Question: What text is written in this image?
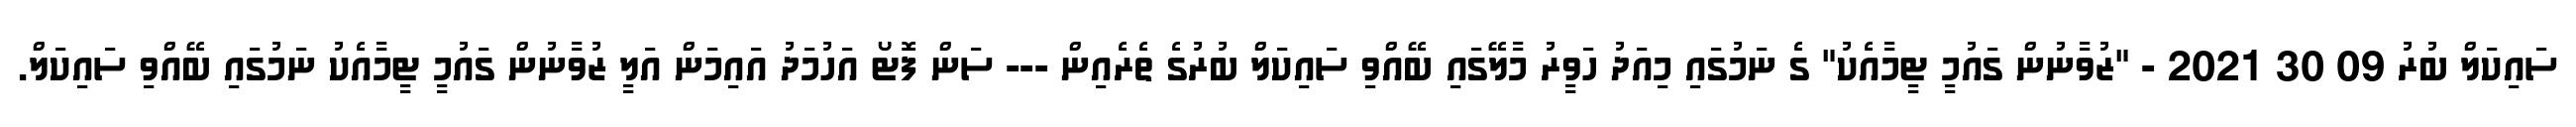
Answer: ސައިކަލް ބުރު 09 30 2021 - "ޒުވާނުން ގައުމީ ޓީމާއެކު" ގެ ނަމުގައި މިއަދު ހަވީރު މާލޭގައި ބޭއްވި ސައިކަލް ބުރުގެ ތެރެއިން --- ސަން ފޮޓޯ އަހުމަދު އައިމަން އަލީ ޒުވާނުން ގައުމީ ޓީމާއެކު ނަމުގައި ބޭއްވި ސައިކަލް.